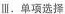
Ⅲ.单项选择